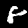
Label: 8